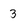
Character: 3